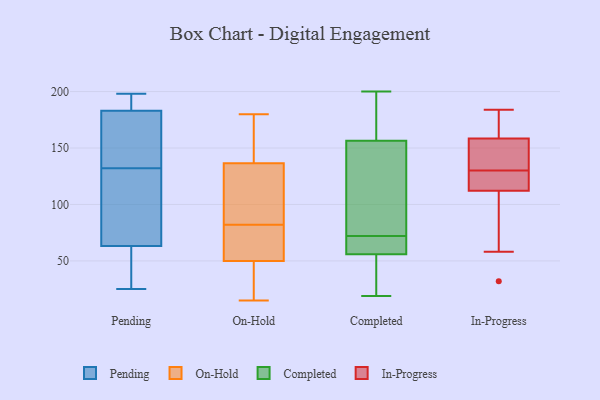
{"axis": {"x": "Budget (USD K)", "y": "Value"}, "legend": ["Completed", "In-Progress", "On-Hold", "Pending"], "data": [{"x": "", "y": 39, "type": "Pending"}, {"x": "", "y": 198, "type": "Pending"}, {"x": "", "y": 110, "type": "Pending"}, {"x": "", "y": 157, "type": "Pending"}, {"x": "", "y": 169, "type": "Pending"}, {"x": "", "y": 189, "type": "Pending"}, {"x": "", "y": 88, "type": "Pending"}, {"x": "", "y": 67, "type": "Pending"}, {"x": "", "y": 192, "type": "Pending"}, {"x": "", "y": 25, "type": "Pending"}, {"x": "", "y": 132, "type": "Pending"}, {"x": "", "y": 52, "type": "Pending"}, {"x": "", "y": 181, "type": "Pending"}, {"x": "", "y": 159, "type": "On-Hold"}, {"x": "", "y": 91, "type": "On-Hold"}, {"x": "", "y": 33, "type": "On-Hold"}, {"x": "", "y": 55, "type": "On-Hold"}, {"x": "", "y": 15, "type": "On-Hold"}, {"x": "", "y": 53, "type": "On-Hold"}, {"x": "", "y": 180, "type": "On-Hold"}, {"x": "", "y": 54, "type": "On-Hold"}, {"x": "", "y": 129, "type": "On-Hold"}, {"x": "", "y": 82, "type": "On-Hold"}, {"x": "", "y": 106, "type": "On-Hold"}, {"x": "", "y": 176, "type": "On-Hold"}, {"x": "", "y": 27, "type": "On-Hold"}, {"x": "", "y": 160, "type": "On-Hold"}, {"x": "", "y": 125, "type": "On-Hold"}, {"x": "", "y": 41, "type": "On-Hold"}, {"x": "", "y": 81, "type": "On-Hold"}, {"x": "", "y": 50, "type": "Completed"}, {"x": "", "y": 156, "type": "Completed"}, {"x": "", "y": 37, "type": "Completed"}, {"x": "", "y": 72, "type": "Completed"}, {"x": "", "y": 58, "type": "Completed"}, {"x": "", "y": 19, "type": "Completed"}, {"x": "", "y": 200, "type": "Completed"}, {"x": "", "y": 123, "type": "Completed"}, {"x": "", "y": 121, "type": "Completed"}, {"x": "", "y": 59, "type": "Completed"}, {"x": "", "y": 158, "type": "Completed"}, {"x": "", "y": 192, "type": "Completed"}, {"x": "", "y": 64, "type": "Completed"}, {"x": "", "y": 159, "type": "In-Progress"}, {"x": "", "y": 110, "type": "In-Progress"}, {"x": "", "y": 130, "type": "In-Progress"}, {"x": "", "y": 147, "type": "In-Progress"}, {"x": "", "y": 157, "type": "In-Progress"}, {"x": "", "y": 32, "type": "In-Progress"}, {"x": "", "y": 180, "type": "In-Progress"}, {"x": "", "y": 184, "type": "In-Progress"}, {"x": "", "y": 119, "type": "In-Progress"}, {"x": "", "y": 119, "type": "In-Progress"}, {"x": "", "y": 58, "type": "In-Progress"}]}